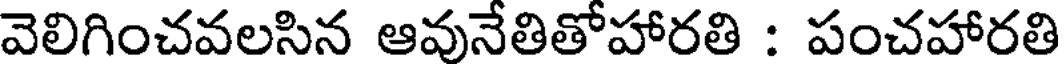
వెలిగించవలసిన ఆవునేతితోహారతి : పంచహారతి